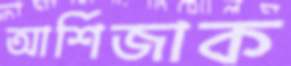
আর্শিজাক